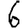
Digit: 6